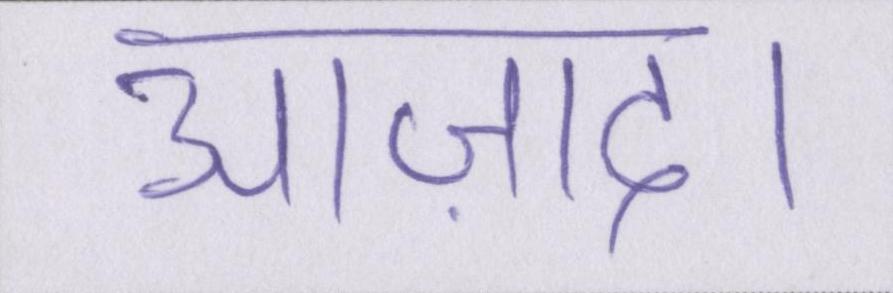
आज़ाद।